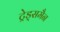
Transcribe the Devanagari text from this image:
ट्रेड्समैन